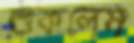
শুকলেম